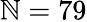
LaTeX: \mathbb{N}=79